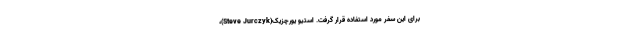
برای این سفر مورد استفاده قرار گرفت. استیو یورچزیک(Steve Jurczyk)،